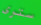
سترى